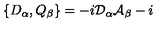
\{ D _ { \alpha } , Q _ { \beta } \} = - i \mathcal { D } _ { \alpha } \mathcal { A } _ { \beta } - i